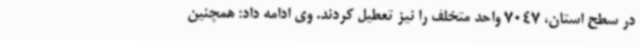
در سطح استان، 7047 واحد متخلف را نیز تعطیل کردند. وی ادامه داد: همچنین